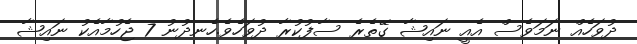
ދުވަހެއް ނަމަވެސް އެއީ ނައިޝާ ގޭތެރެ ސާފުކުރާ ދުވަހެވެ.ހެނދުނު 7 ޖެހުމާއެކު ނައިޝާ